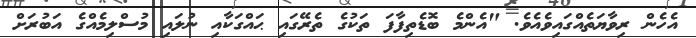
އެހެން ރިވާޔަތެއްގައިވެއެވެ. "އެންމެ ބޮޑެތިފާފަ ތަކުގެ ތެރޭގައި ޙައްގަކާއި ނުލައި މުސްލިމެއްގެ އަބުރަށް